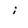
Character: i